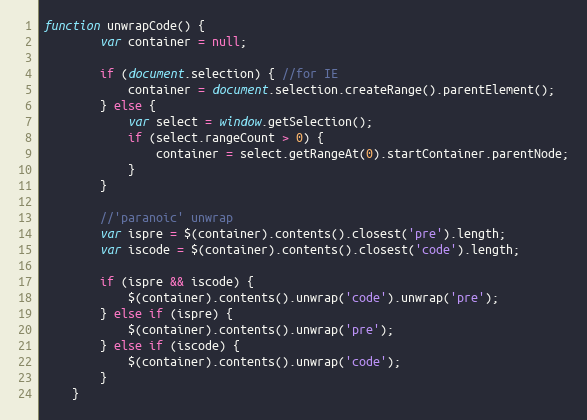
Language: JavaScript
function unwrapCode() {
        var container = null;

        if (document.selection) { //for IE
            container = document.selection.createRange().parentElement();
        } else {
            var select = window.getSelection();
            if (select.rangeCount > 0) {
                container = select.getRangeAt(0).startContainer.parentNode;
            }
        }

        //'paranoic' unwrap
        var ispre = $(container).contents().closest('pre').length;
        var iscode = $(container).contents().closest('code').length;

        if (ispre && iscode) {
            $(container).contents().unwrap('code').unwrap('pre');
        } else if (ispre) {
            $(container).contents().unwrap('pre');
        } else if (iscode) {
            $(container).contents().unwrap('code');
        }
    }